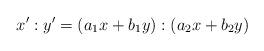
LaTeX: \begin{align*}x^\prime : y^\prime = (a_1 x + b_1 y) : (a_2 x + b_2 y)\end{align*}